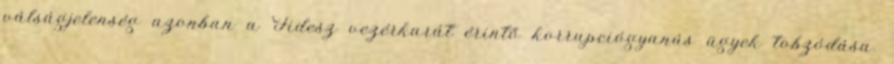
válságjelenség azonban a Fidesz vezérkarát érintő korrupciógyanús ügyek tobzódása.